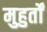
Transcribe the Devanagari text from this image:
मुहुर्तों